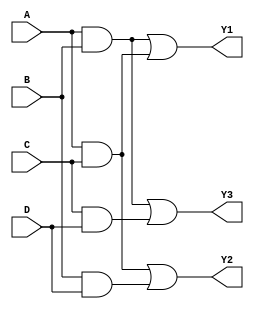
module jewel_pal (
    input wire A,   // Input A
    input wire B,   // Input B
    input wire C,   // Input C
    input wire D,   // Input D
    output wire Y1, // Output Y1
    output wire Y2, // Output Y2
    output wire Y3  // Output Y3
);

// Programmable AND Gates
wire and1, and2, and3, and4; // Introducing AND gates

// Example of programmable connections (you can modify these connections as needed)
// AND gate configurations
assign and1 = A & B;      // AND gate 1: A AND B
assign and2 = A & C;      // AND gate 2: A AND C
assign and3 = B & D;      // AND gate 3: B AND D
assign and4 = C & D;      // AND gate 4: C AND D

// Fixed OR Array
assign Y1 = and1 | and2; // Output Y1: OR of AND gate 1 and 2
assign Y2 = and2 | and3; // Output Y2: OR of AND gate 2 and 3
assign Y3 = and1 | and4; // Output Y3: OR of AND gate 1 and 4

endmodule